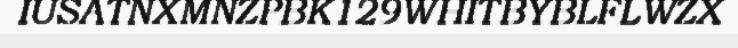
IUSATNXMNZPBK129WHITBYBLFLWZX